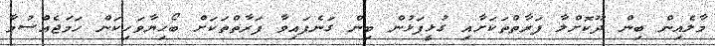
މާލެއިން ބިން ދޫކޮށްލާ ފަރާތްތަކަށާއި ގުޅީފަޅުން ބިން ގަނެފައިވާ ފަރާތްތަކަށް ބޯހިޔާވަހިކަން ހަމަޖެއްސުމާ